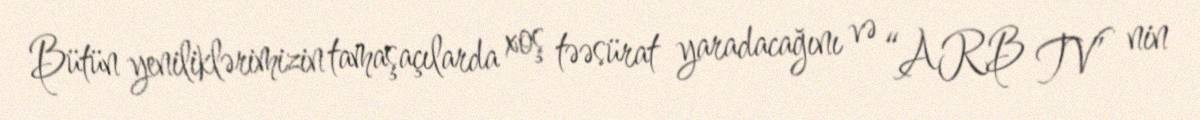
Bütün yeniliklərimizin tamaşaçılarda xoş təəsürat yaradacağını və “ARB TV” nin